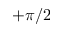
+ \pi / 2